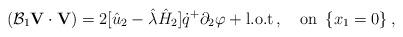
LaTeX: \begin{align*}(\mathcal B_1{\mathbf V}\cdot{\mathbf V})=2[\hat u_2-\hat\lambda\hat H_2]\dot q^+\partial_2\varphi+\mbox{l.o.t}\,,\quad\mbox{on}\,\,\,\{x_1=0\}\,,\end{align*}